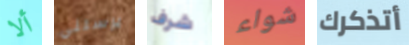
ألا يرسلني شرف شواء أتذكرك